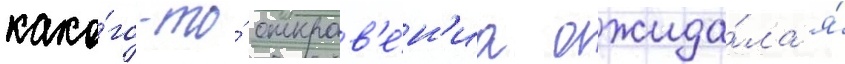
како́го-то́ откров'е́н'иа ожида́ла я́